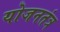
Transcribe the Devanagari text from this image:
योजनतंत्र